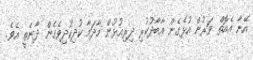
އޭނާ އެއޮތް ވަރުން އުޅެގެން އާބާދުކުރި ދިރިއުޅުން މާދަމާ ކުދިކުދިވެގެން ދާނެތީ އެވެ.